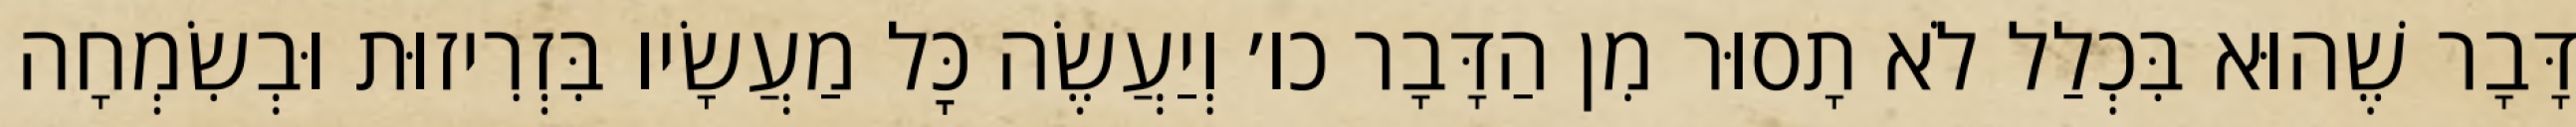
דָּבָר שֶׁהוּא בִּכְלַל לֹא תָסוּר מִן הַדָּבָר כו׳ וְיַעֲשֶׂה כׇּל מַעֲשָׂיו בִּזְרִיזוּת וּבְשִׂמְחָה